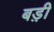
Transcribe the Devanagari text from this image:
बड़़ी